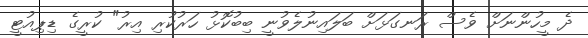
ދެ މީހުންނަށް ވެސް ރަނގަޅަށް ބަލައިނުލެވުނީ ބިބުކޮޅު ހަރުކުރި އިރު" ކުރީގެ ޑިޕިއުޓީ